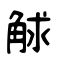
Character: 觩